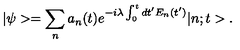
| \psi > = \sum _ { n } a _ { n } ( t ) e ^ { - i \lambda \int _ { 0 } ^ { t } d t ^ { \prime } E _ { n } ( t ^ { \prime } ) } | n ; t > .